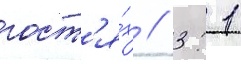
гост'я́х / 3: 1